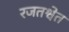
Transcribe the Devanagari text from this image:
रजतश्वेत